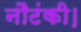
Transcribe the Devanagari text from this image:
नौटंकी।